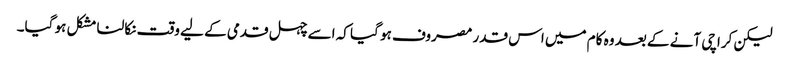
لیکن کراچی آنے کے بعد وہ کام میں اس قدر مصروف ہو گیا کہ اسے چہل قدمی کے لیے وقت نکالنا مشکل ہو گیا۔